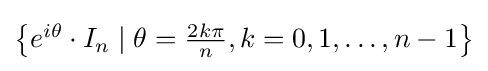
{\textstyle \left\lbrace e^{i\theta }\cdot I_{n}\mid \theta ={\frac {2k\pi }{n}},k=0,1,\dots ,n-1\right\rbrace }